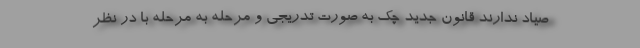
صیاد ندارند قانون جدید چک به صورت تدریجی و مرحله به مرحله با در نظر